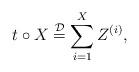
LaTeX: \begin{align*} t\circ X\stackrel{\mathcal{D}}=\sum_{i=1}^{X}Z^{(i)},\end{align*}